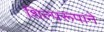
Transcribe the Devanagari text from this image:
शिल्परूपाने